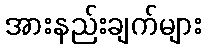
အားနည်းချက်များ